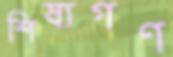
শিষ্যগণ